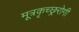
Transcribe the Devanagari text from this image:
मूत्रकृच्छ्ररोगी